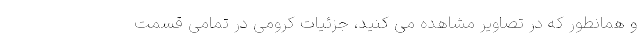
و همانطور که در تصاویر مشاهده می کنید، جزئیات کرومی در تمامی قسمت